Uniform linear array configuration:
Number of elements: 8
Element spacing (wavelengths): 0.75
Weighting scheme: blackman
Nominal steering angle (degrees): -30
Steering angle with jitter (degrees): -30.906
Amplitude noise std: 0.05
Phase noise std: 0.05

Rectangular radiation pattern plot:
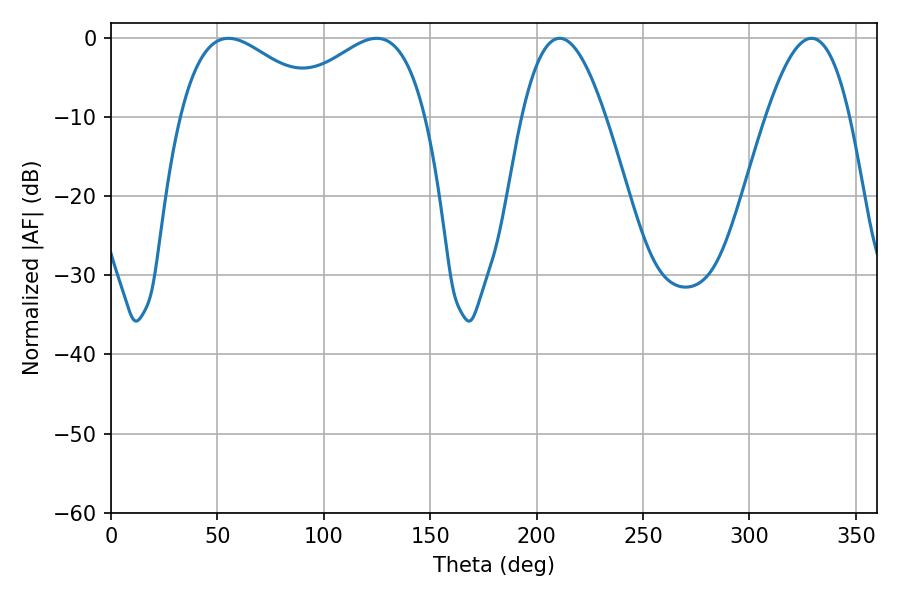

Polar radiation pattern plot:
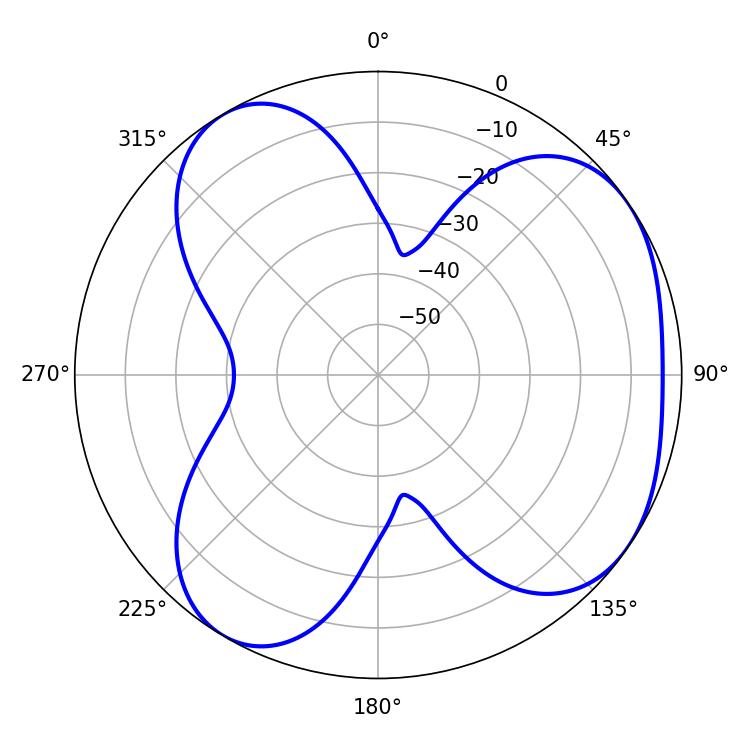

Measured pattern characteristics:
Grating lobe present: TRUE
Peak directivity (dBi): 4.71
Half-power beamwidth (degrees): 21.42
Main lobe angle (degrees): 210.78